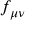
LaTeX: f _ { \mu \nu }